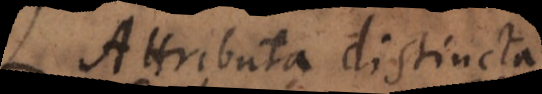
Attributa distincta